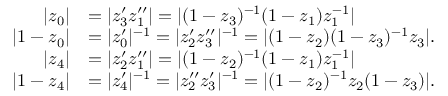
\begin{array} { r l } { | z _ { 0 } | } & { = | z _ { 3 } ^ { \prime } z _ { 1 } ^ { \prime \prime } | = | ( 1 - z _ { 3 } ) ^ { - 1 } ( 1 - z _ { 1 } ) z _ { 1 } ^ { - 1 } | } \\ { | 1 - z _ { 0 } | } & { = | z _ { 0 } ^ { \prime } | ^ { - 1 } = | z _ { 2 } ^ { \prime } z _ { 3 } ^ { \prime \prime } | ^ { - 1 } = | ( 1 - z _ { 2 } ) ( 1 - z _ { 3 } ) ^ { - 1 } z _ { 3 } | . } \\ { | z _ { 4 } | } & { = | z _ { 2 } ^ { \prime } z _ { 1 } ^ { \prime \prime } | = | ( 1 - z _ { 2 } ) ^ { - 1 } ( 1 - z _ { 1 } ) z _ { 1 } ^ { - 1 } | } \\ { | 1 - z _ { 4 } | } & { = | z _ { 4 } ^ { \prime } | ^ { - 1 } = | z _ { 2 } ^ { \prime \prime } z _ { 3 } ^ { \prime } | ^ { - 1 } = | ( 1 - z _ { 2 } ) ^ { - 1 } z _ { 2 } ( 1 - z _ { 3 } ) | . } \end{array}